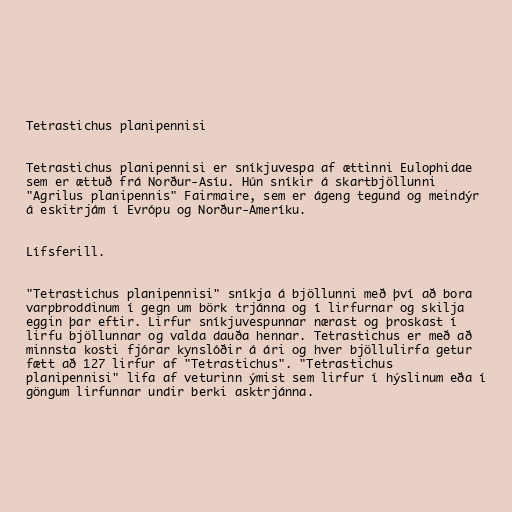
Tetrastichus planipennisi

Tetrastichus planipennisi er sníkjuvespa af ættinni Eulophidae
sem er ættuð frá Norður-Asíu. Hún sníkir á skartbjöllunni
"Agrilus planipennis" Fairmaire, sem er ágeng tegund og meindýr
á eskitrjám í Evrópu og Norður-Ameríku.

Lífsferill.

"Tetrastichus planipennisi" sníkja á bjöllunni með því að bora
varpbroddinum í gegn um börk trjánna og í lirfurnar og skilja
eggin þar eftir. Lirfur sníkjuvespunnar nærast og þroskast í
lirfu bjöllunnar og valda dauða hennar. Tetrastichus er með að
minnsta kosti fjórar kynslóðir á ári og hver bjöllulirfa getur
fætt að 127 lirfur af "Tetrastichus". "Tetrastichus
planipennisi" lifa af veturinn ýmist sem lirfur í hýslinum eða í
göngum lirfunnar undir berki asktrjánna.